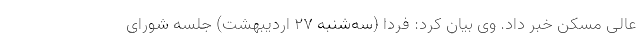
عالی مسکن خبر داد. وی بیان کرد:‌ فردا (سه‌شنبه 27 اردیبهشت) جلسه شورای